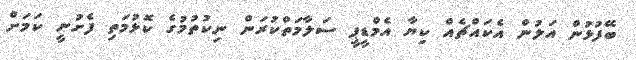
ބޭފުޅުން އަލުން އެކައްޗެއް ކިޔާ އެމްޑީޕީ ސަލާމަތްކުރަން ނިކުތުމުގެ ކޮޅުމަތި ފެށުނީ ކަމަށް